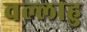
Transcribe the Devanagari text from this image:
वल्लाहु